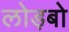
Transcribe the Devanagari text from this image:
लोड़बो